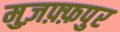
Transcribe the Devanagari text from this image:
मुज़फ़्फ़पुर